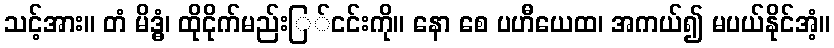
သင့်အား။ တံ မိဒ္ဓံ၊ ထိုငိုက်မည်းြ်ငင်းကို။ နော စေ ပဟီယေထ၊ အကယ်၍ မပယ်နိုင်အံ့။